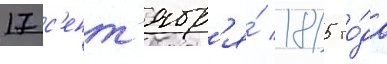
17 с'ент'ябр'я́ 1815 го́да